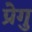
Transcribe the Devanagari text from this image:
प्रेगु